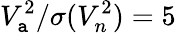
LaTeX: V_{\mathtt{a}}^{2}/\sigma(V_{n}^{2})=5